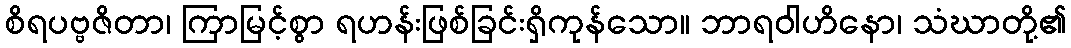
စိရပဗ္ဗဇိတာ၊ ကြာမြင့်စွာ ရဟန်းဖြစ်ခြင်းရှိကုန်သော။ ဘာရဝါဟိနော၊ သံဃာတို့၏